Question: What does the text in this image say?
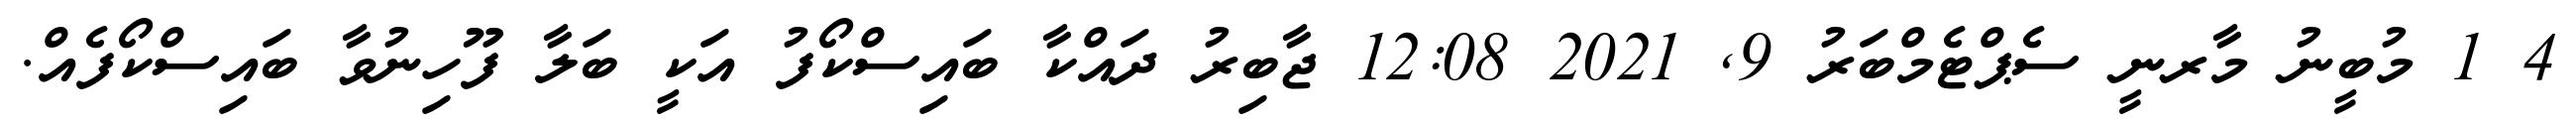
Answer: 4 1 މުބީނު މާރނީ ސެޕްޓެމްބަރު 9, 2021 12:08 ޖާބިރު ދައްކާ ބައިސްކޯފު އަކީ ބަލާ ފޫހިނުވާ ބައިސްކޯފެއް.